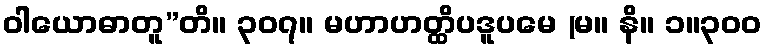
ဝါယောဓာတူ”တိ။ ၃၀၇။ မဟာဟတ္ထိပဒူပမေ (မ။ နိ။ ၁။၃၀၀